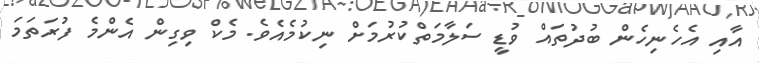
އާއި އެހެނިހެން ބުދުތައް ވުޑީ ސަލާމަތްކުރުމަށް ނިކުމެއެވެ. މެކް ވިގިން އެންމެ ފުރަތަމަ